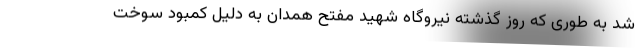
شد به طوری که روز گذشته نیروگاه شهید مفتح همدان به دلیل کمبود سوخت